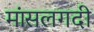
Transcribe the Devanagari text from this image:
मांसलगदी